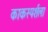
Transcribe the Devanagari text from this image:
काकस्पर्शला